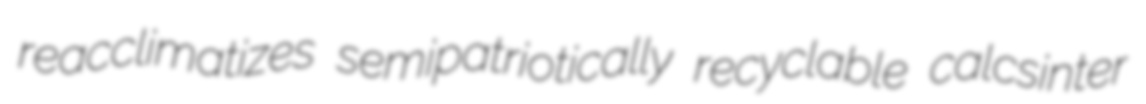
reacclimatizes semipatriotically recyclable calcsinter